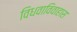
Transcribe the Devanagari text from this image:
विधवाविवाहास